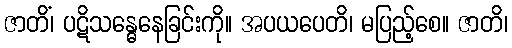
ဇာတိံ၊ ပဋိသန္ဓေနေခြင်းကို။ အပယပေတိ၊ မပြည့်စေ။ ဇာတိ၊